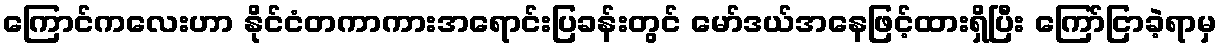
ကြောင်ကလေးဟာ နိုင်ငံတကာကားအရောင်းပြခန်းတွင် မော်ဒယ်အနေဖြင့်ထားရှိပြီး ကြော်ငြာခဲ့ရာမှ